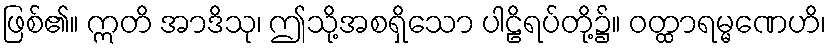
ဖြစ်၏။ ဣတိ အာဒိသု၊ ဤသို့အစရှိသော ပါဠိရပ်တို့၌။ ဝတ္ထာရမ္မဏေဟိ၊